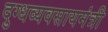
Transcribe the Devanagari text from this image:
दुग्धव्यवसायमंत्री